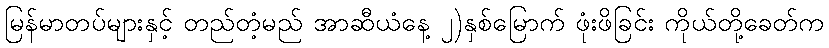
မြန်မာတပ်များနှင့် တည်တံ့မည် အာဆီယံနေ့ ၂)နှစ်မြောက် ဖုံးဖိခြင်း ကိုယ်တို့ခေတ်က